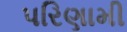
પરિણામી